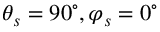
\theta _ { s } = 9 0 ^ { \circ } , \varphi _ { s } = 0 ^ { \circ }